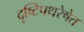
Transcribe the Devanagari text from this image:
दृष्टिपथरेषेत